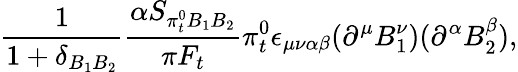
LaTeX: \frac{1}{1+\delta_{B_{1}B_{2}}}\frac{\alpha S_{\pi_{t}^{0}B_{1}B_{2}}}{\pi F_{t}}\pi_{t}^{0}\epsilon_{\mu\nu\alpha\beta}(\partial^{\mu}B_{1}^{\nu})(\partial^{\alpha}B_{2}^{\beta}),